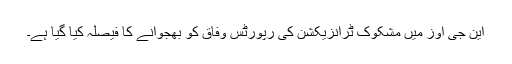
این جی اوز میں مشکوک ٹرانزیکشن کی رپورٹس وفاق کو بھجوانے کا فیصلہ کیا گیا ہے۔